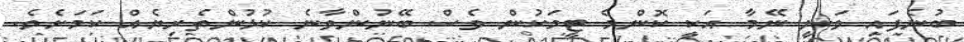
ބުނެފައި ވަނީ ނޭމާ އަކީ ކޮންމެ ޓީމަކުން ވެސް ބޭނުންވާނެ ކުޅުންތެރިޔެއް ކަމަށެވެ.